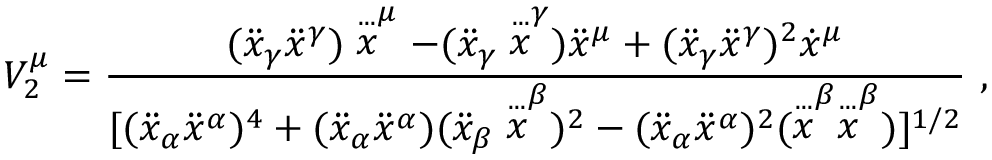
V _ { 2 } ^ { \mu } = \frac { ( \ddot { x } _ { \gamma } \ddot { x } ^ { \gamma } ) \stackrel { . . . } x ^ { \mu } - ( \ddot { x } _ { \gamma } \stackrel { . . . } x ^ { \gamma } ) \ddot { x } ^ { \mu } + ( \ddot { x } _ { \gamma } \ddot { x } ^ { \gamma } ) ^ { 2 } \dot { x } ^ { \mu } } { [ ( \ddot { x } _ { \alpha } \ddot { x } ^ { \alpha } ) ^ { 4 } + ( \ddot { x } _ { \alpha } \ddot { x } ^ { \alpha } ) ( \ddot { x } _ { \beta } \stackrel { . . . } x ^ { \beta } ) ^ { 2 } - ( \ddot { x } _ { \alpha } \ddot { x } ^ { \alpha } ) ^ { 2 } ( \stackrel { . . . } x ^ { \beta } \stackrel { . . . } x ^ { \beta } ) ] ^ { 1 / 2 } } ~ ,